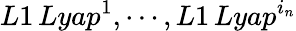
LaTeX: L1\, Lyap^{1},\cdots,L1\, Lyap^{i_{n}}